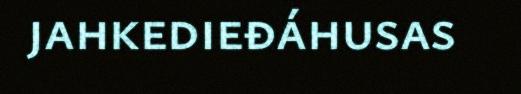
jahkedieđáhusas